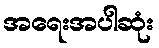
အရေးအပါဆုံး